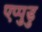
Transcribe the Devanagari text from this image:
एप्पुडु